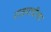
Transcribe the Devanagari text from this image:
राजमाचीचा